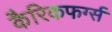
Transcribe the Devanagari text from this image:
कैरिकफर्ग्स